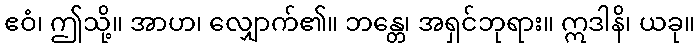
ဧဝံ၊ ဤသို့။ အာဟ၊ လျှောက်၏။ ဘန္တေ၊ အရှင်ဘုရား။ ဣဒါနိ၊ ယခု။